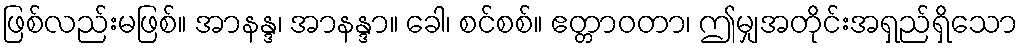
ဖြစ်လည်းမဖြစ်။ အာနန္ဒ၊ အာနန္ဒာ။ ခေါ၊ စင်စစ်။ ဧတ္တာဝတာ၊ ဤမျှအတိုင်းအရှည်ရှိသော